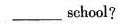
___ school?